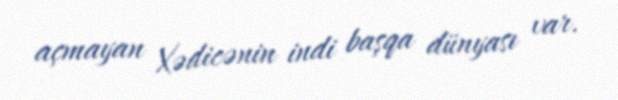
açmayan Xədicənin indi başqa dünyası var.